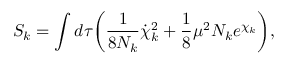
S _ { k } = \int d \tau \biggl ( { \frac { 1 } { 8 N _ { k } } } { \dot { \chi } _ { k } } ^ { 2 } + { \frac { 1 } { 8 } } \mu ^ { 2 } N _ { k } e ^ { \chi _ { k } } \biggr ) ,